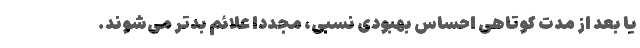
یا بعد از مدت کوتاهی احساس بهبودی نسبی، مجدداً علائم بدتر می‌شوند.